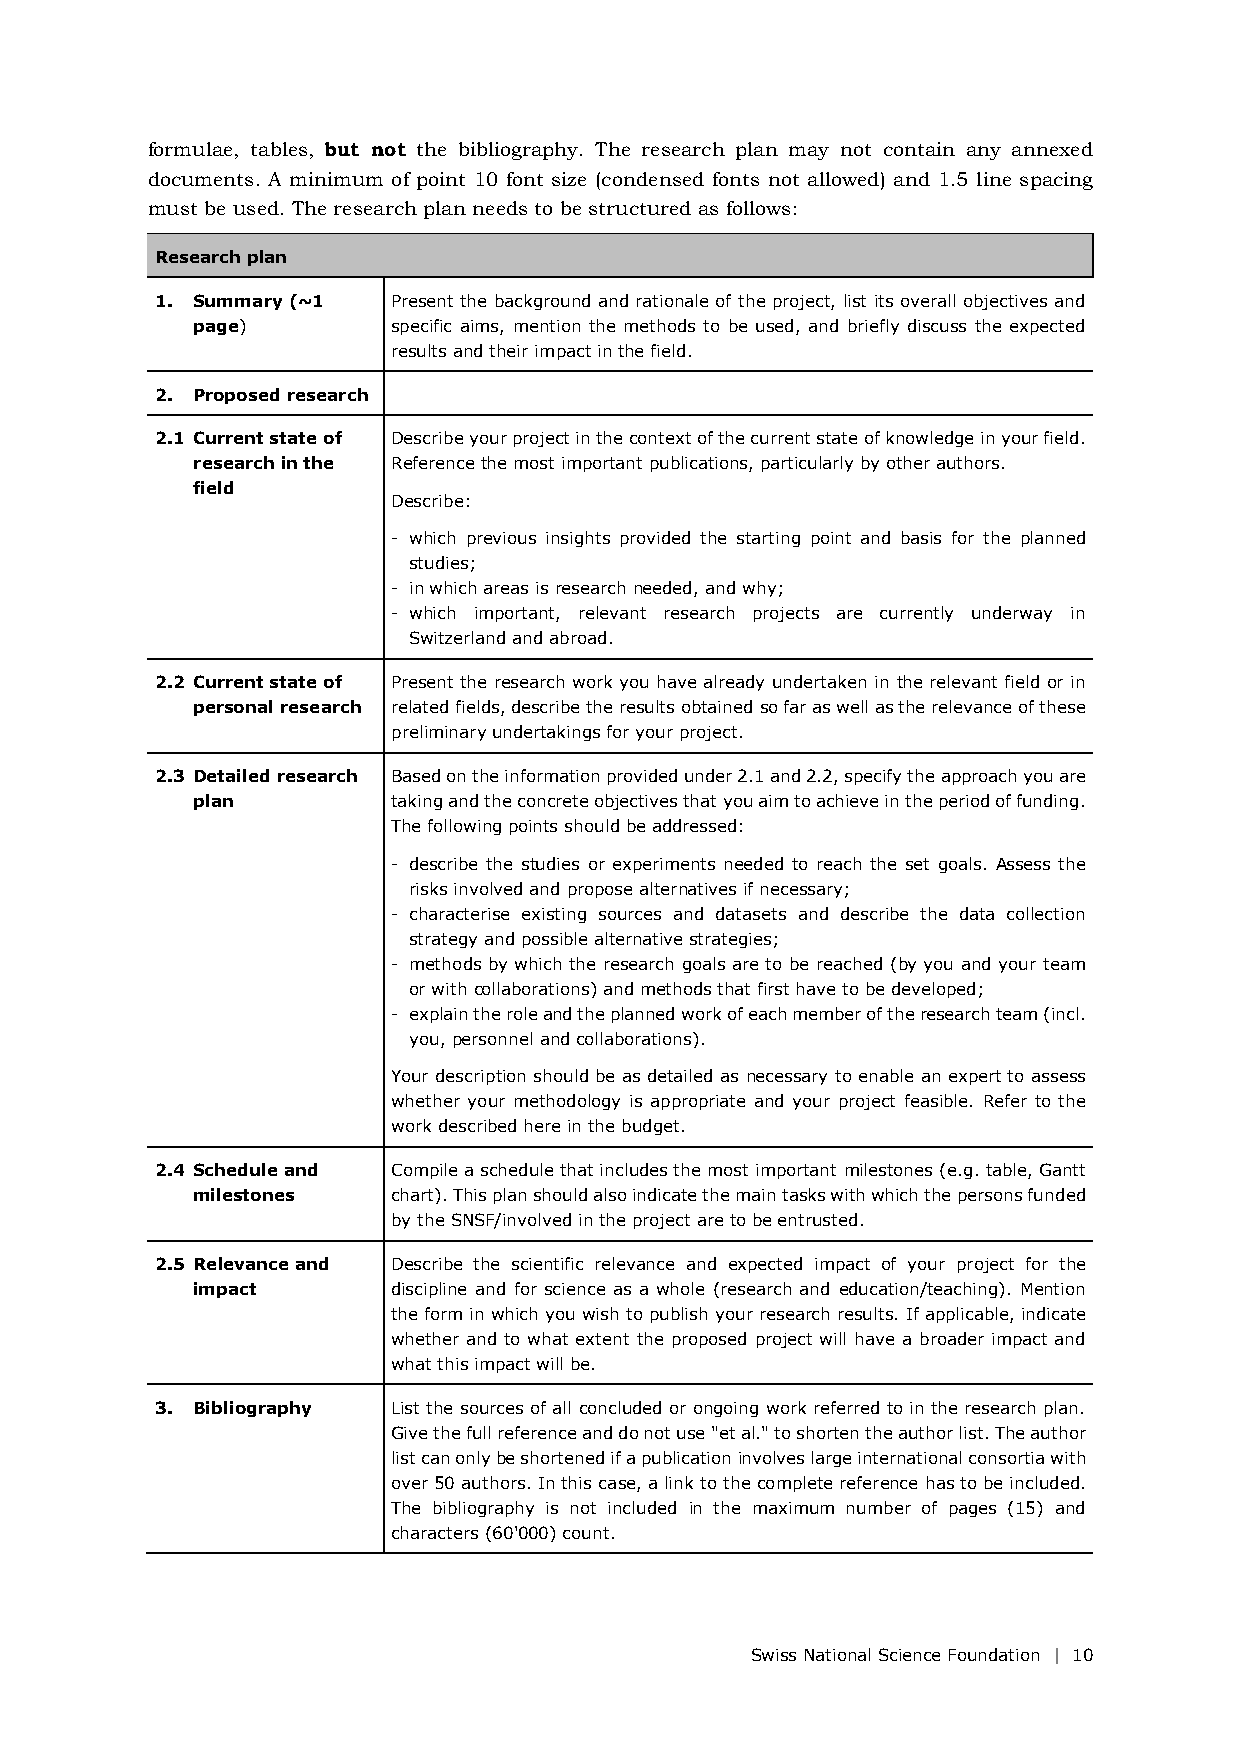
formulae, tables, but not the bibliography. The research plan may not contain any annexed
 documents. A minimum of point 10 font size (condensed fonts not allowed) and 1.5 line spacing
 must be used. The research plan needs to be structured as follows:
 Research plan
 1. Summary (~1  Present the background and rationale of the project, list its overall objectives and
 page)        specific aims, mention the methods to be used, and briefly discuss the expected
 results and their impact in the field.
 2. Proposed research
 2.1 Current state of Describe your project in the context of the current state of knowledge in your field.
 research in the Reference the most important publications, particularly by other authors.
 field
 Describe:
 - which previous insights provided the starting point and basis for the planned
 studies;
 - in which areas is research needed, and why;
 - which important, relevant research projects are currently underway in
 Switzerland and abroad.
 2.2 Current state of Present the research work you have already undertaken in the relevant field or in
 personal research related fields, describe the results obtained so far as well as the relevance of these
 preliminary undertakings for your project.
 2.3 Detailed research Based on the information provided under 2.1 and 2.2, specify the approach you are
 plan         taking and the concrete objectives that you aim to achieve in the period of funding.
 The following points should be addressed:
 - describe the studies or experiments needed to reach the set goals. Assess the
 risks involved and propose alternatives if necessary;
 - characterise existing sources and datasets and describe the data collection
 strategy and possible alternative strategies;
 - methods by which the research goals are to be reached (by you and your team
 or with collaborations) and methods that first have to be developed;
 - explain the role and the planned work of each member of the research team (incl.
 you, personnel and collaborations).
 Your description should be as detailed as necessary to enable an expert to assess
 whether your methodology is appropriate and your project feasible. Refer to the
 work described here in the budget.
 2.4 Schedule and Compile a schedule that includes the most important milestones (e.g. table, Gantt
 milestones   chart). This plan should also indicate the main tasks with which the persons funded
 by the SNSF/involved in the project are to be entrusted.
 2.5 Relevance and Describe the scientific relevance and expected impact of your project for the
 impact       discipline and for science as a whole (research and education/teaching). Mention
 the form in which you wish to publish your research results. If applicable, indicate
 whether and to what extent the proposed project will have a broader impact and
 what this impact will be.
 3. Bibliography List the sources of all concluded or ongoing work referred to in the research plan.
 Give the full reference and do not use "et al." to shorten the author list. The author
 list can only be shortened if a publication involves large international consortia with
 over 50 authors. In this case, a link to the complete reference has to be included.
 The bibliography is not included in the maximum number of pages (15) and
 characters (60'000) count.
 Swiss National Science Foundation | 10